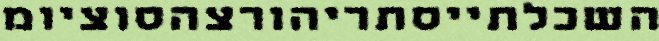
השכלתייסתריהורצהסוציומ